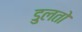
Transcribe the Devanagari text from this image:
डुलतो